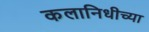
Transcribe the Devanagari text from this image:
कलानिधीच्या